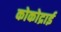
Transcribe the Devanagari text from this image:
कोकोद्राई